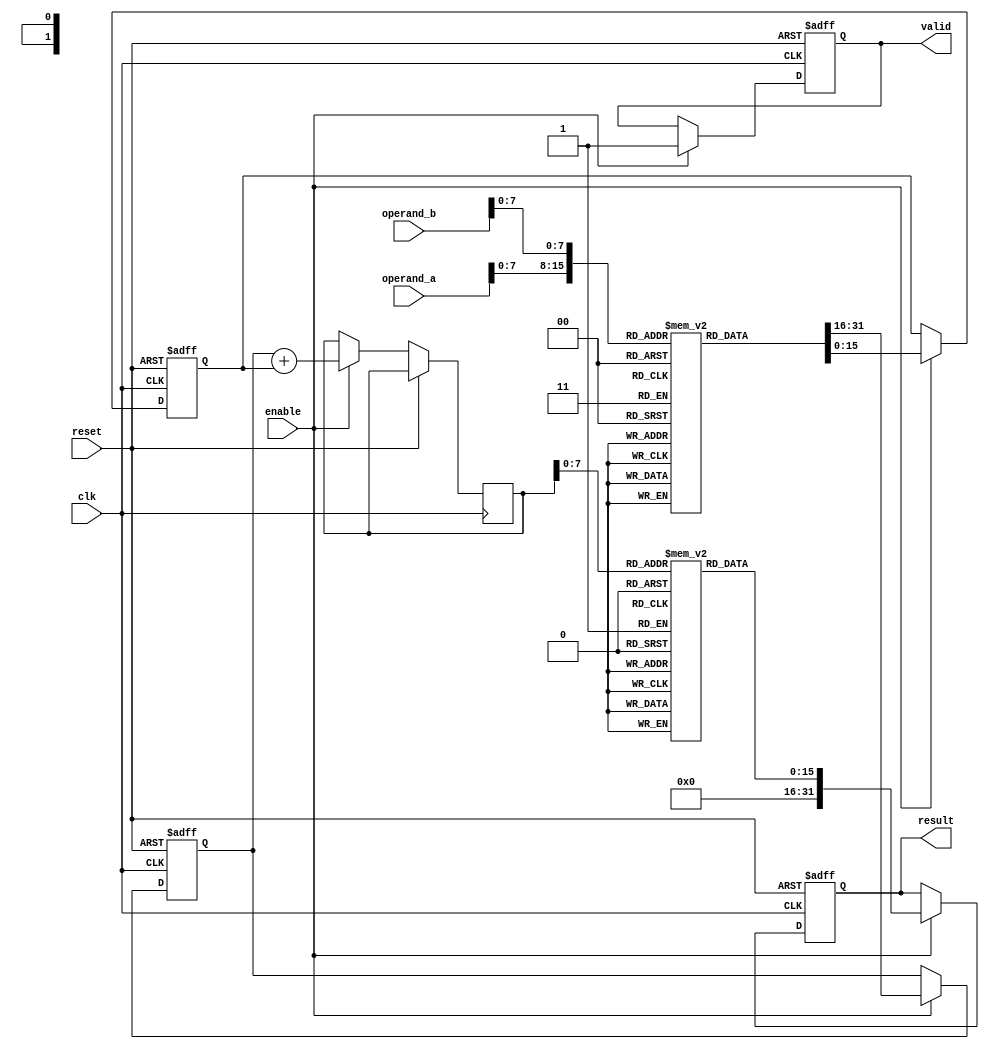
module LogarithmicMultiplier (
    input wire clk,
    input wire reset,
    input wire enable,
    input wire [15:0] operand_a, // Fixed-point operand A
    input wire [15:0] operand_b, // Fixed-point operand B
    output reg [31:0] result,     // Fixed-point result
    output reg valid               // Indicates valid output
);

    // Parameters for LUT size
    parameter LUT_SIZE = 256;
    parameter LOG_LUT_SIZE = 8; // Assume 256 values for logarithm

    // Logarithmic and Exponential Lookup Tables
    reg [15:0] log_lut[LUT_SIZE-1:0];
    reg [15:0] exp_lut[LUT_SIZE-1:0];

    // Internal signals
    reg [15:0] log_a;
    reg [15:0] log_b;
    reg [15:0] log_sum;

    // Initialize lookup tables (Example values, should be replaced with actual values)
    initial begin
        // Populate log_lut with precomputed logarithm values
        // log_lut[i] = log2(i) (in fixed-point representation)
        // Example: log(1) = 0, log(2) = 1, etc.
        
        // Populate exp_lut with precomputed exponential values
        // exp_lut[i] = 2^i (in fixed-point representation)
    end

    // Logarithmic Conversion
    always @(posedge clk or posedge reset) begin
        if (reset) begin
            log_a <= 16'h0;
            log_b <= 16'h0;
            result <= 32'h0;
            valid <= 1'b0;
        end else if (enable) begin
            log_a <= log_lut[operand_a[7:0]]; // Example for 8-bit address
            log_b <= log_lut[operand_b[7:0]];
            
            // Addition in logarithmic domain
            log_sum <= log_a + log_b;

            // Exponential Conversion
            result <= exp_lut[log_sum[7:0]]; // Addressing the exp LUT
            valid <= 1'b1; // Indicate result is valid
        end
    end
endmodule